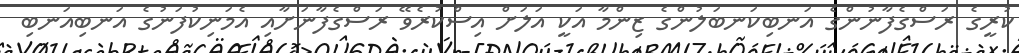
ކުރީގެ ރަސްގެފާނުންގެ އަނބިކަނބަލުންގެ ޒިންމާ އަކީ އަލަށް އިސްކުރެވޭ ރަސްގެފާނަށާއި އެމަނިކުފަނުގެ އަނބިއަނބި